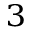
_ 3